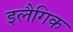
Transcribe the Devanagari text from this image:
इलैगिक